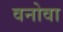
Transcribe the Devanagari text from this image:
वनोवा